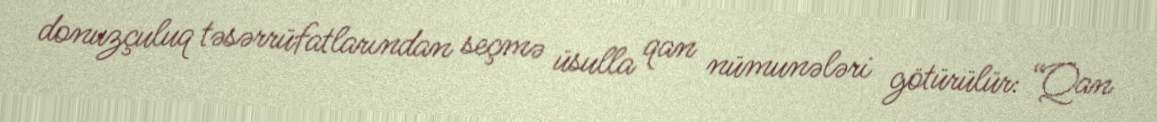
donuzçuluq təsərrüfatlarından seçmə üsulla qan nümunələri götürülür: “Qan